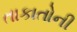
તાકાતોની